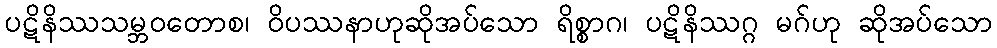
ပဋိနိဿသမ္ဘဝတောစ၊ ဝိပဿနာဟုဆိုအပ်သော ရိစ္စာဂ၊ ပဋိနိဿဂ္ဂ မဂ်ဟု ဆိုအပ်သော